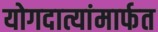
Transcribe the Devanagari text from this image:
योगदात्यांमार्फत